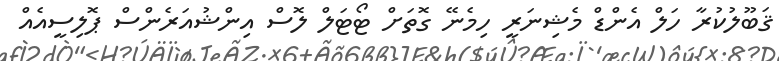
ޤަބޫލުކުރާ ހަލް އެންޑް މެޝިނަރީ ހިމެނޭ ގޮތަށް ޓޯޓަލް ލޮސް އިންޝުއަރެންސް ޕޮލިސީއެއް